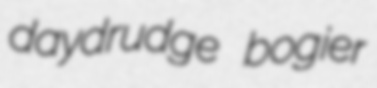
daydrudge bogier